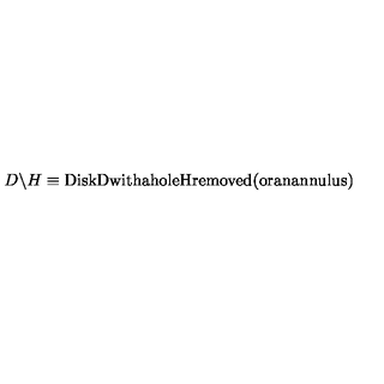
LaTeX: D \backslash H \equiv \mathrm { D i s k D w i t h a h o l e H r e m o v e d ( o r a n a n n u l u s ) }